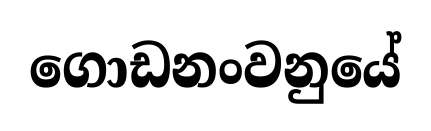
ගොඩනංවනුයේ